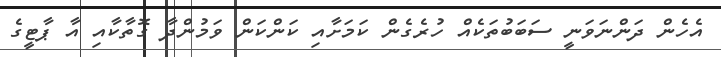
އެހެން ދަންނަވަނީ ސަބަބުތަކެއް ހުރެގެން ކަމަށާއި ކަންކަން ވަމުންދާ ގޮތާކާއި އާ ޕާޓީގެ